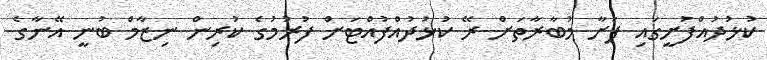
ކުޅުދުއްފުށީގައި ފަށާ މުބާރާތަށް ރޭ ކުޅުދުއްފުއްޓަށް ފުރުމުގެ ކުރިން ނިޒާމް ބުނީ އޭނާގެ